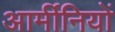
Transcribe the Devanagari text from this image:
आर्मीनियों